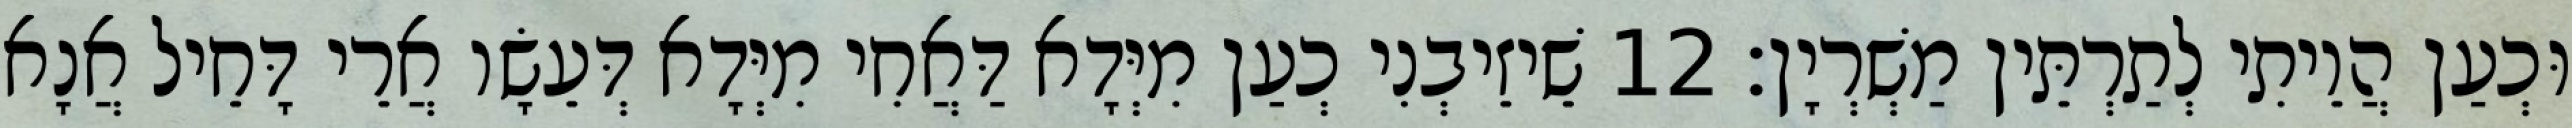
וּכְעַן הֲוֵיתִי לְתַרְתֵּין מַשְׁרְיָן׃ 12 שֵׁיזֵיבְנִי כְעַן מִיְּדָא דַּאֲחִי מִיְּדָא דְּעֵשָׂו אֲרֵי דָּחֵיל אֲנָא